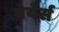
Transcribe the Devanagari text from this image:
वेयेर्स